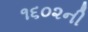
૧૬૦૨ની